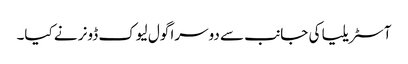
آسٹریلیا کی جانب سے دوسرا گول لیوک ڈونر نے کیا۔